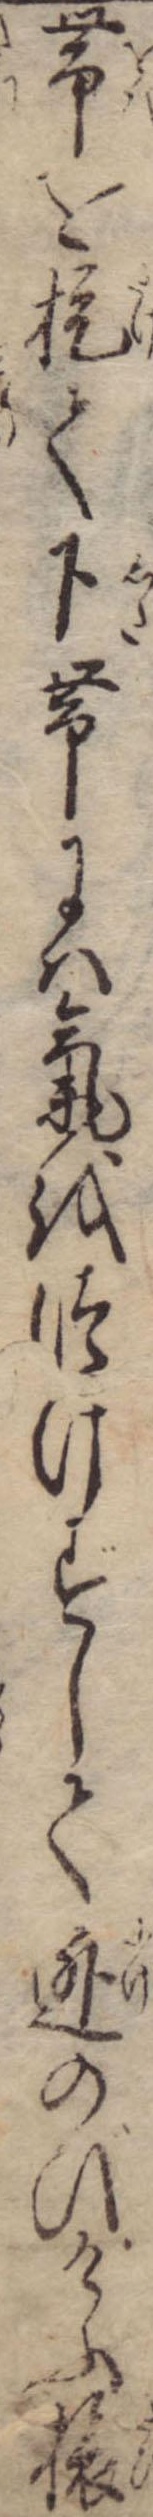
帯を提て下帯には気をつけずして逃のびけふ旅